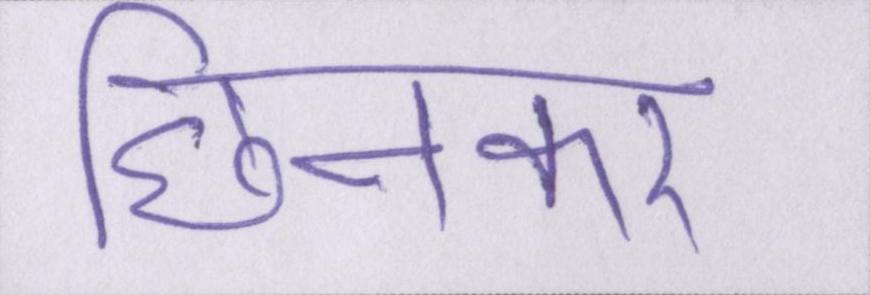
छिनकर